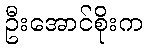
ဦးအောင်စိုးက